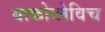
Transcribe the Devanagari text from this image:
याकोव्लेविच